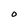
Character: O